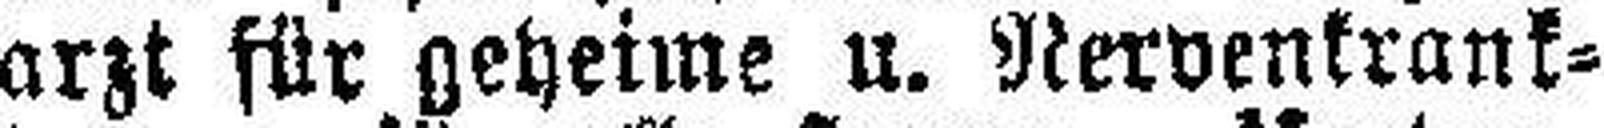
arzt für geheime u. Nervenkrank¬